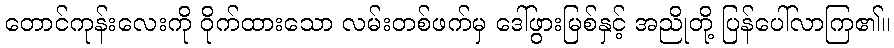
တောင်ကုန်းလေးကို ဝိုက်ထားသော လမ်းတစ်ဖက်မှ ဒေါ်ဖွားမြစ်နှင့် အညိုတို့ ပြန်ပေါ်လာကြ၏။